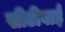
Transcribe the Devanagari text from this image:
सीटीवाई